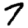
Digit: 7